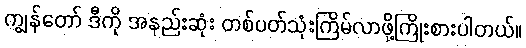
ကျွန်တော် ဒီကို အနည်းဆုံး တစ်ပတ်သုံးကြိမ်လာဖို့ကြိုးစားပါတယ်။